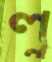
লু